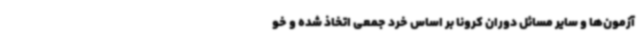
آزمون‌ها و سایر مسائل دوران کرونا بر اساس خرد جمعی اتخاذ شده و خو